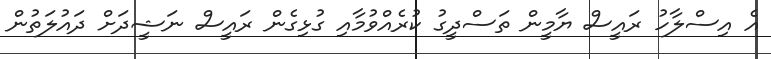
އެ އިސްލާހު ރައީސް ޔާމީން ތަސްދީގު ކުރެއްވުމާއި ގުޅިގެން ރައީސް ނަޝީދަށް ދައުލަތުން